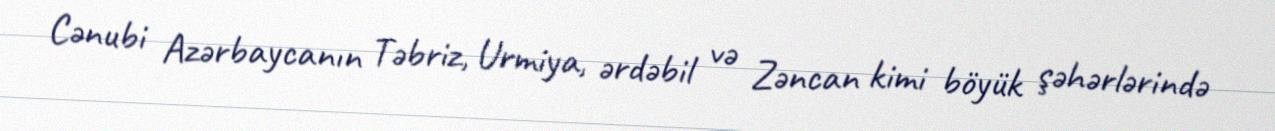
Cənubi Azərbaycanın Təbriz, Urmiya, ərdəbil və Zəncan kimi böyük şəhərlərində